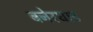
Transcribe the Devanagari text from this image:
बनेरघाट